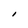
Character: I